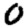
Digit: 0